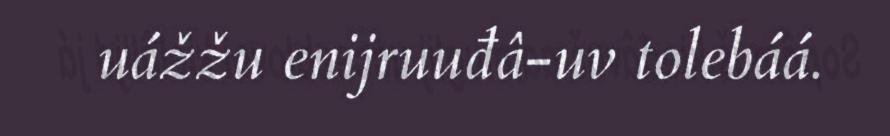
uážžu enijruuđâ-uv tolebáá.